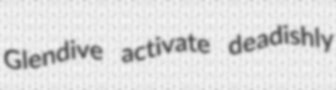
Glendive activate deadishly